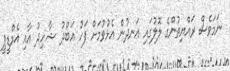
ނަމަވެސް ރައްޔިތުންގެ ލޮލުގައި އަނދުން އެޅުވުމަށް ފަހު އަބްދު ޝާހިދު އާއި އެމްޑީޕީ